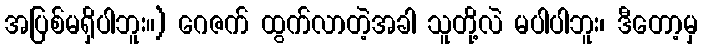
အပြစ်မရှိပါဘူး။) ဂေဇက် ထွက်လာတဲ့အခါ သူတို့လဲ မပါပါဘူး၊ ဒီတော့မှ